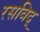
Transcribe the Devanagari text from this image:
रसविद्